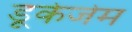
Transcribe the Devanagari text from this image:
डूकेजेम